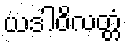
ယဒါဝိလတ္တံ